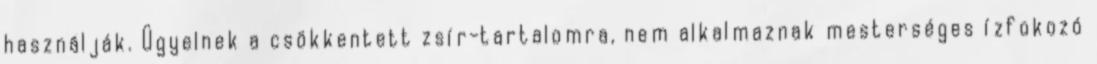
használják. Ügyelnek a csökkentett zsír-tartalomra, nem alkalmaznak mesterséges ízfokozó